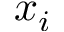
x _ { i }